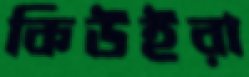
কিউইরা